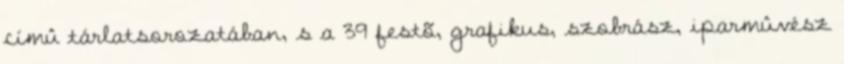
címû tárlatsorozatában, s a 39 festõ, grafikus, szobrász, iparmûvész